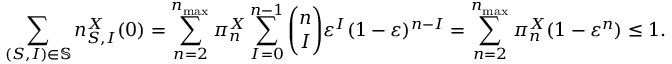
\sum _ { ( S , I ) \in \mathbb { S } } n _ { S , I } ^ { X } ( 0 ) = \sum _ { n = 2 } ^ { n _ { \operatorname* { m a x } } } \pi _ { n } ^ { X } \sum _ { I = 0 } ^ { n - 1 } \binom { n } { I } \varepsilon ^ { I } ( 1 - \varepsilon ) ^ { n - I } = \sum _ { n = 2 } ^ { n _ { \operatorname* { m a x } } } \pi _ { n } ^ { X } ( 1 - \varepsilon ^ { n } ) \leq 1 .